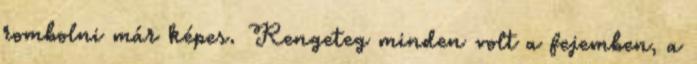
rombolni már képes. Rengeteg minden volt a fejemben, a